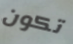
تكون